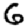
Digit: 6